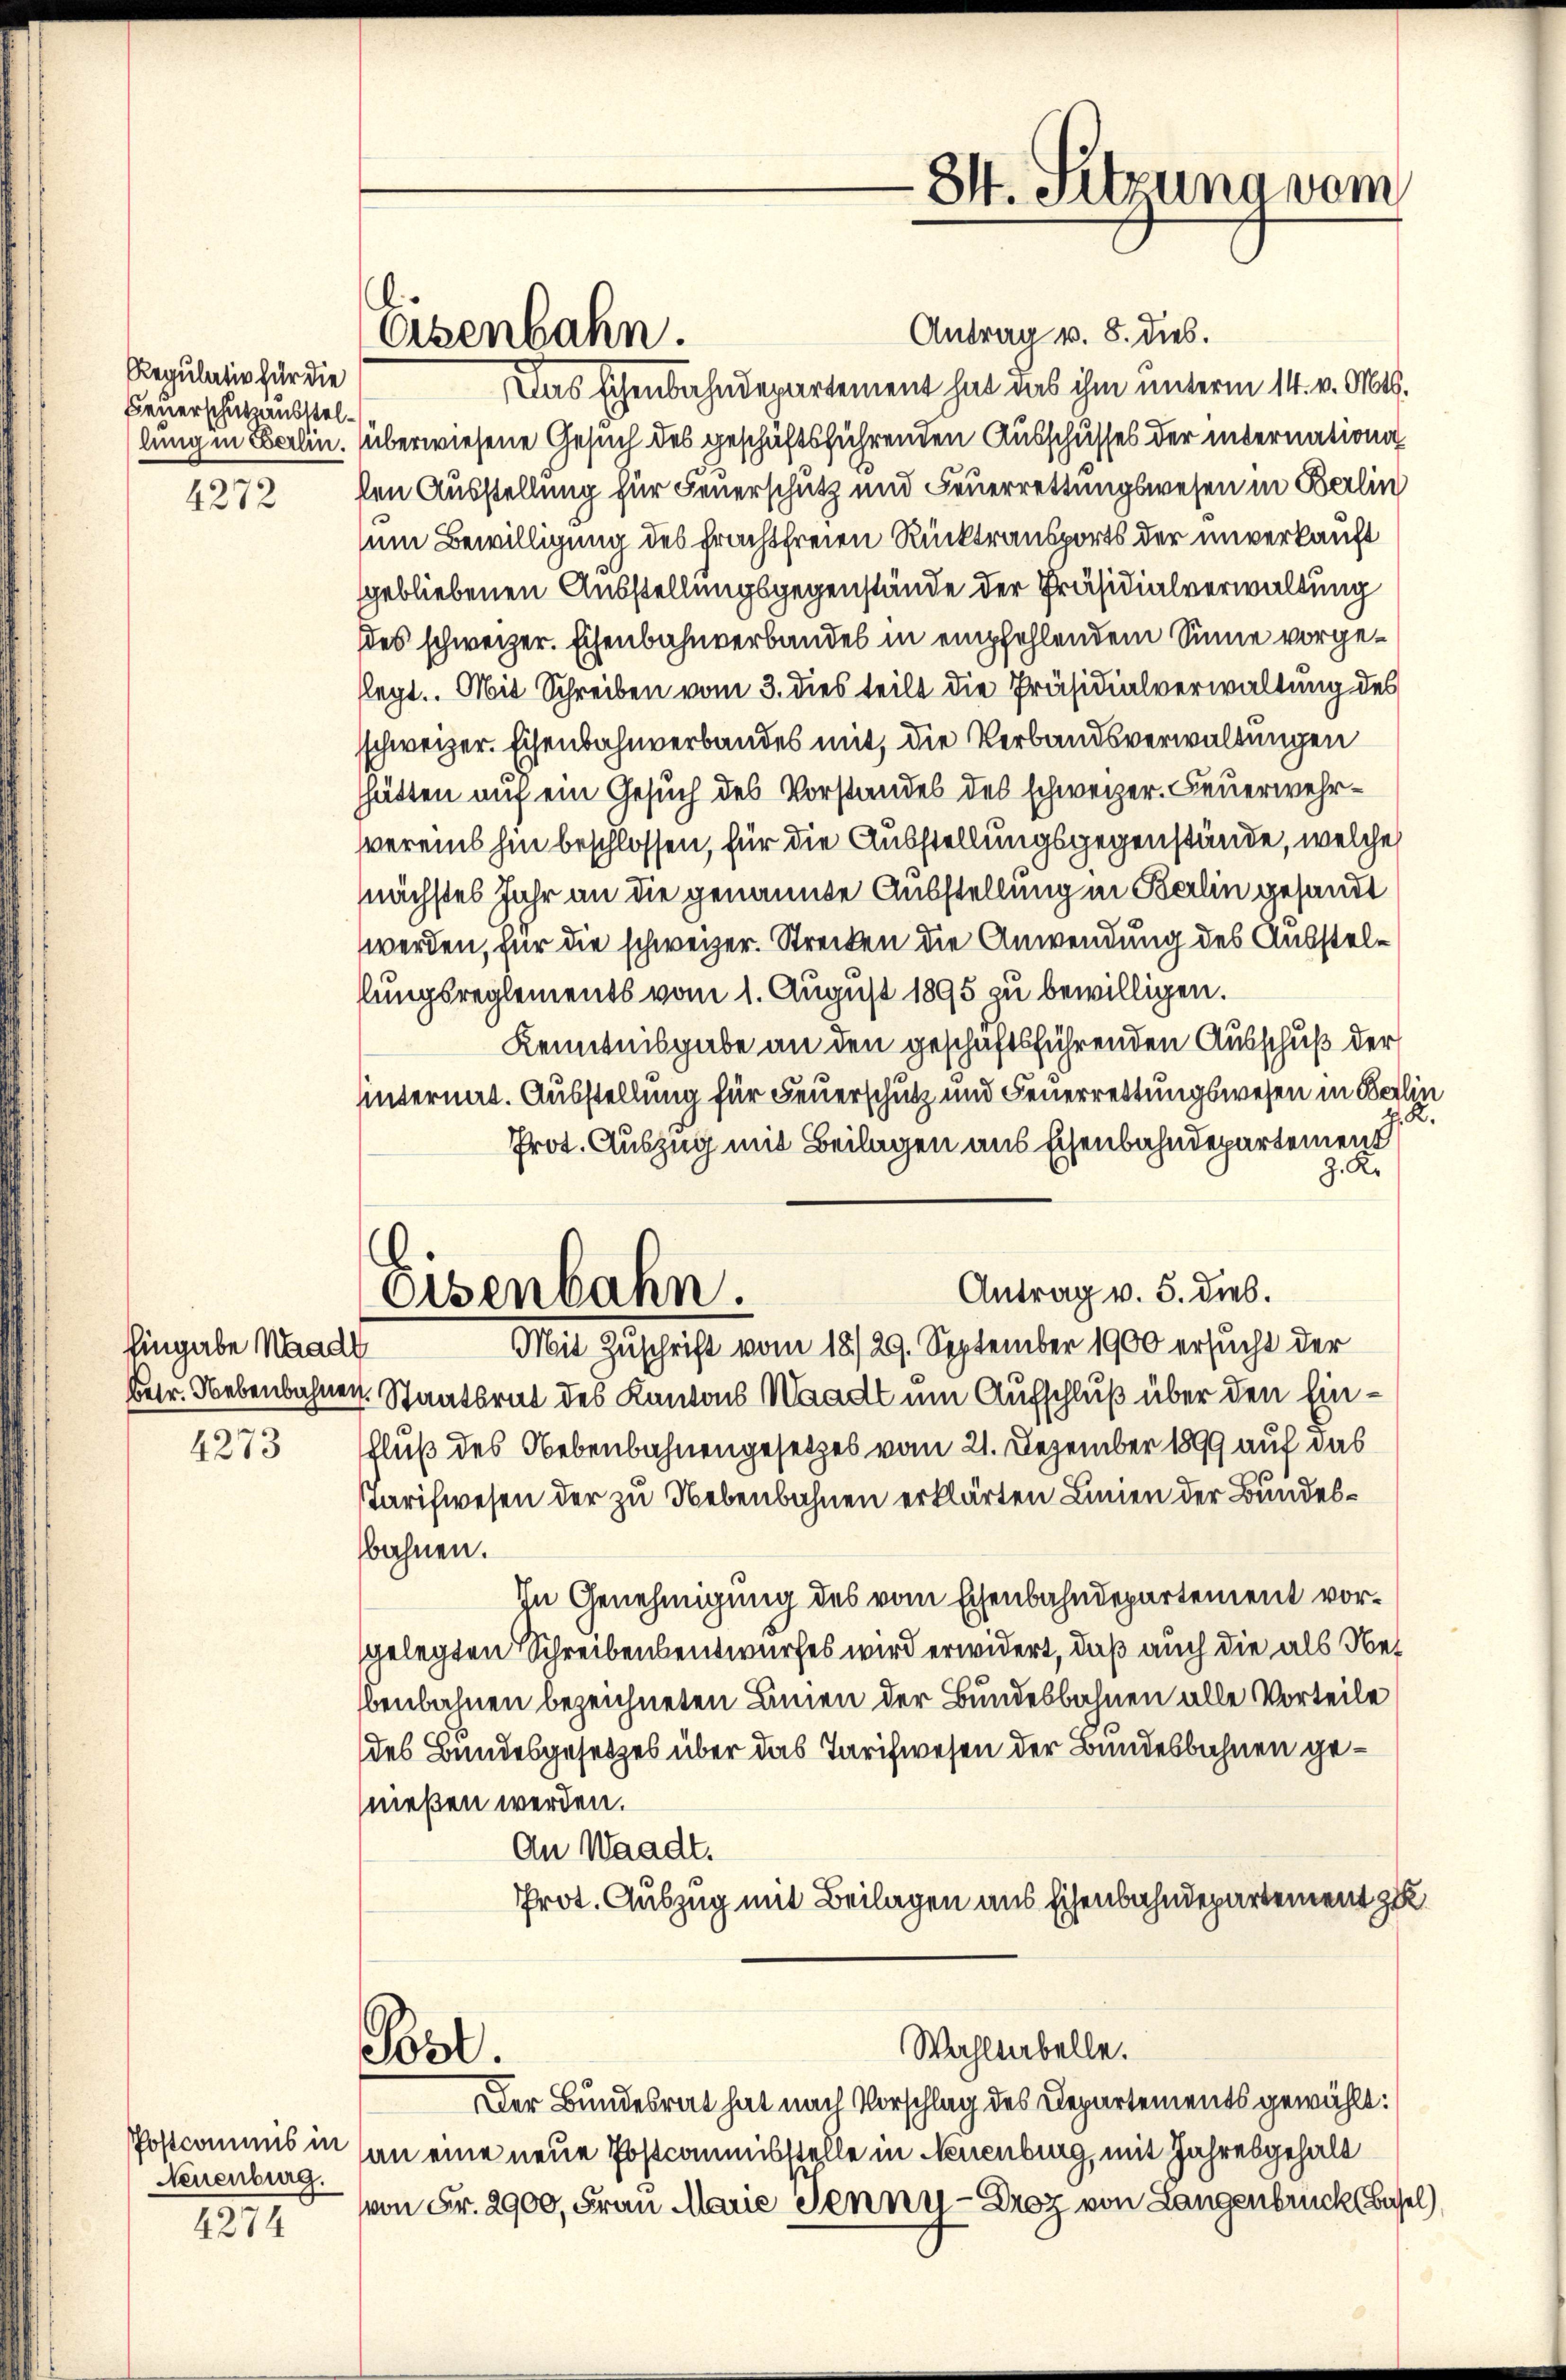
Regulativ für die
Feuerschutzausstel¬
4272

Eingabe Waadt
4273

Postcommis in
Neuenburg.
4274

Eisenbahn.

Antrag v. 8. dies.
Das schenbahndepartement hat das ihm unterm 14. v. Mts.
lung in Berlin. überwiesene Gesuch des geschäftsführenden Ausschusses der internation
len Ausstellung für Feuerschutz und Feuerrettungswesen in Berlin
um Bewilligung des Frachtfreien Rücktransports der unverkauft
gebliebenen Ausstellungsgegenstände der Präsidialverwaltung
des schweizer. Eisenbahnverbandes in empfehlendem Sinne vorgeflegt. Mit Schreiben vom 3. dies teilt die Präsidialverwaltung des
schweizer. Eisenbahnverbandes mit, die Verbandsverwaltungen
hätten auf ein Gesuch des Vorstandes des schweizer. Feuerwehrvereins hin beschlossen, für die Ausstellungsgegenstände, welche
nächstes Jahr an die genannte Ausstellung in Berlin gesandt
werden, für die schweizer. Strecken die Anwendung des Ausstelllungsreglements vom 1. August 1895 zu bewilligen.
Kenntnisgabe an den geschäftsführenden Ausschuß der
hinternat. Ausstellung für Feuerschutz und Feuerrettungswesen in Berlin
p. 2.
Prot. Auszug mit Beilagen aus Eisenbahndepartement
J. K.
.
Antrag v. 5. dies.
oisenbahn.
Mit Zuschrift vom 18/29. September 1900 ersucht der
betr. Nebenbahner. Staatsrat des Kantons Waadt um Aufschluß über den Einschluß des Nebenbahnengesetzes vom 21. Dezember 1899 auf das
Tarifwesen der zu Nebenbahnen erklärten Linien der Bundesbahnen.
In Genehmigung des vom Eisenbahndepartement vorgelegten Schreibensentwurfes wird erwidert, daß auch die als Net
benbahnen bezeichneten Linien der Bundesbahnen alle Vorteile
des Bundesgesetzes über das Tarifwesen der Bundesbahnen genießen werden.
An Waadt.
Prot. Auszug mit Beilagen aus sichenbahndepartement zu

Pool.

84. Sitzung vom

Wahlabelle.
Der Bundesrat hat nach Vorschlag des Departements gewählt:

an eine neue Postcommisstelle in Neuenburg, mit Jahresgehalt
von Fr. 2900, Frau Marie Jenny - Droz von Langenbrück, Basel,